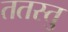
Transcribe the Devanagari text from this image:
ततस्तु